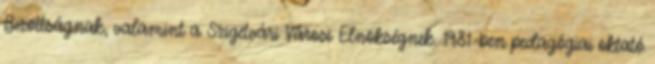
Bizottságnak, valamint a Szigetvári Városi Elnökségnek. 1981-ben pedagógiai oktató